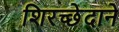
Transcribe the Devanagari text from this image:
शिरच्छेदाने